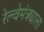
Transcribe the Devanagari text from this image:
रेल्वेमंत्र्याला